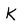
Character: K